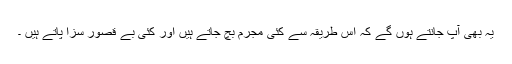
يہ بھی آپ جانتے ہوں گے کہ اس طريقہ سے کئی مجرم بچ جاتے ہيں اور کئی بے قصور سزا پاتے ہيں ۔